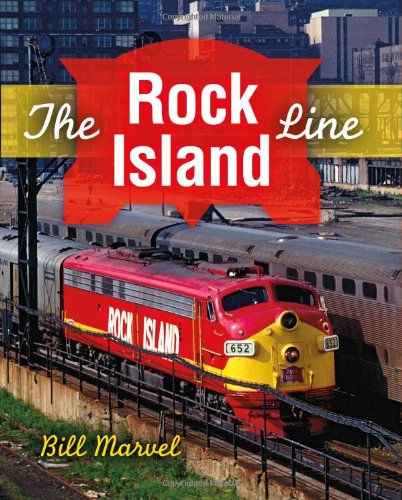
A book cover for The Rock Island Line (Railroads Past and Present); Bill Marvel; Arts & Photography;